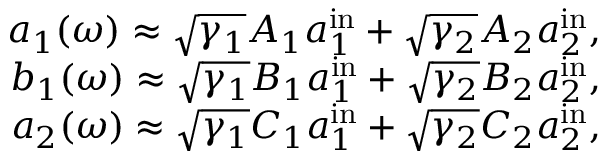
\begin{array} { r } { a _ { 1 } ( \omega ) \approx \sqrt { \gamma _ { 1 } } A _ { 1 } a _ { 1 } ^ { \mathrm { i n } } + \sqrt { \gamma _ { 2 } } A _ { 2 } a _ { 2 } ^ { \mathrm { i n } } , } \\ { b _ { 1 } ( \omega ) \approx \sqrt { \gamma _ { 1 } } B _ { 1 } a _ { 1 } ^ { \mathrm { i n } } + \sqrt { \gamma _ { 2 } } B _ { 2 } a _ { 2 } ^ { \mathrm { i n } } , } \\ { a _ { 2 } ( \omega ) \approx \sqrt { \gamma _ { 1 } } C _ { 1 } a _ { 1 } ^ { \mathrm { i n } } + \sqrt { \gamma _ { 2 } } C _ { 2 } a _ { 2 } ^ { \mathrm { i n } } , } \end{array}